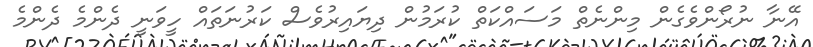
އޭނާ ނުރޯންވެގެން މިންނެތް މަސައްކަތް ކުރަމުން ދިޔައިރުވެސް ކަރުނަތައް ހީވަނީ ދެންމެ ދެންމެ